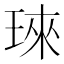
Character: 琜